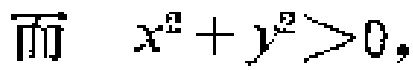
而 \(x^{2}+y^{2}>0\)，